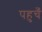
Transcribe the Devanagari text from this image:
पहुचँ